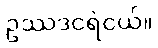
ဥဿဒငရဲငယ်။